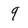
Character: 9